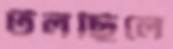
টলছিলে